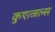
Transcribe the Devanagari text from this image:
कुएत्जल्स